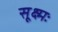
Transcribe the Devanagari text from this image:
सूक्ष्मः